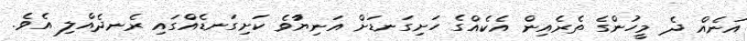
އަނެއް ދެ މީހުންގެ ތެރެއިން އެކެއްގެ ހަށިގަނޑަށް އަނިޔުާވެ ކަށިގަނޑެއްގައި ރެނދެއްލި އެވެ.